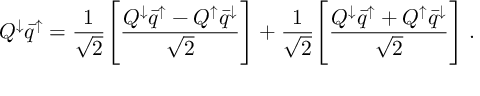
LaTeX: Q ^ { \downarrow } \bar { q } ^ { \uparrow } = { \frac { 1 } { \sqrt 2 } } \Biggl [ { \frac { Q ^ { \downarrow } \bar { q } ^ { \uparrow } - Q ^ { \uparrow } \bar { q } ^ { \downarrow } } { \sqrt 2 } } \Biggr ] + { \frac { 1 } { \sqrt 2 } } \Biggl [ { \frac { Q ^ { \downarrow } \bar { q } ^ { \uparrow } + Q ^ { \uparrow } \bar { q } ^ { \downarrow } } { \sqrt 2 } } \Biggr ] \; .